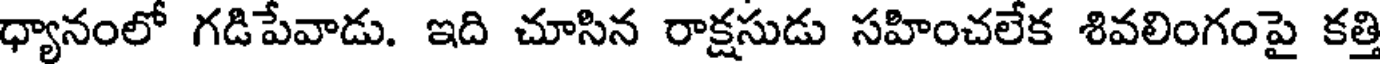
ధ్యానంలో గడిపేవాడు. ఇది చూసిన రాక్షసుడు సహించలేక శివలింగంపై కత్తి